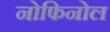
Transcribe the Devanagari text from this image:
नोफिनोल